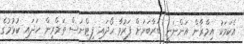
އެކަމަކު އިމްރާން އަންނަނީ ބަރާބަރަށް ފަރުވާ ހޯދައި ފިޓްނަސް ތަމްރީން ހަދައި ކުޅުމުގެ